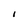
Character: I